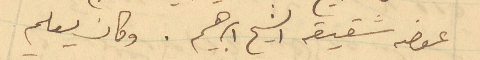
عوضه شقيقه الشيخ ابراهيم. وكان يعلم